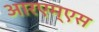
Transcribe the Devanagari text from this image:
आरएम्एस